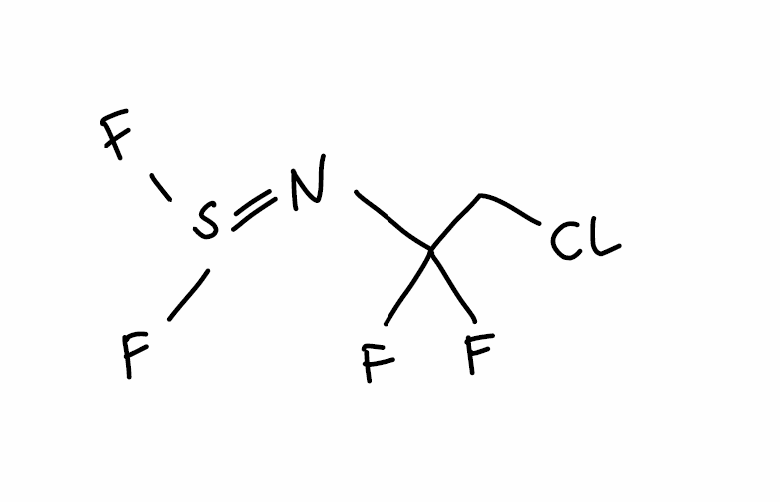
Simplified molecular-input line-entry system (SMILES) notation of the given molecule:
C(C(N=S(F)F)(F)F)Cl